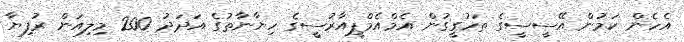
އެހެން ކަމުން އޭސީސީގެ ތަހުގީގުން އެމްއެމްޕީއާރުސީގެ ހިޔާނާތުގެ އަދަދު 200 މިލިއަން ރުފިޔާ